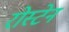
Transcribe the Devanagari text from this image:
रोस्टेन